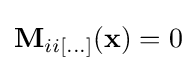
\mathbf {M} _{ii[...]}(\mathbf {x} )=0